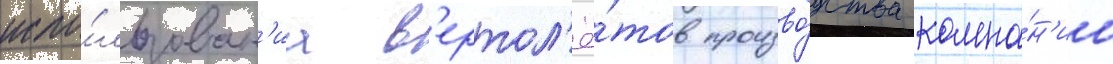
испо́льзован'иа в'ертол'ё́тов произво́дства компа́н'ии